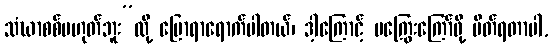
သံဃာစစ်မဟုတ်ဘူး”လို့ ပြောရာရောက်ပါတယ်၊ ဒါ့ကြောင့် မကြွေးကြော်ဖို့ ပိတ်ရတာပါ,